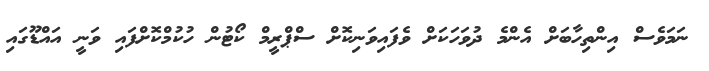
ނަމަވެސް އިންތިހާބަށް އެންމެ ދުވަހަކަށް ވެފައިވަނިކޮށް ސްޕްރީމް ކޯޓުން ހުކުމްކޮށްފައި ވަނީ އައްޑޫގައި